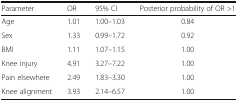
<table><thead><tr><td><b>Parameter</b></td><td><b>OR</b></td><td><b>95% CI</b></td><td><b>Posterior probability of OR &gt;1</b></td></tr></thead><tbody><tr><td>Age</td><td>1.01</td><td>1.00–1.03</td><td>0.84</td></tr><tr><td>Sex</td><td>1.33</td><td>0.99–1.72</td><td>0.92</td></tr><tr><td>BMI</td><td>1.11</td><td>1.07–1.15</td><td>1.00</td></tr><tr><td>Knee injury</td><td>4.91</td><td>3.27–7.22</td><td>1.00</td></tr><tr><td>Pain elsewhere</td><td>2.49</td><td>1.83–3.30</td><td>1.00</td></tr><tr><td>Knee alignment</td><td>3.93</td><td>2.14–6.57</td><td>1.00</td></tr></tbody></table>